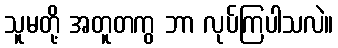
သူမတို့ အတူတကွ ဘာ လုပ်ကြပါသလဲ။